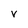
Character: V